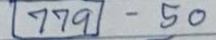
(779) - 50